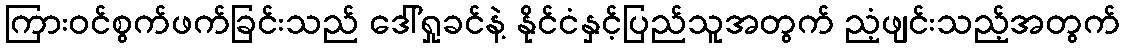
ကြားဝင်စွက်ဖက်ခြင်းသည် ဒေါ်ရှုခင်နဲ့ နိုင်ငံနှင့်ပြည်သူအတွက် ညံ့ဖျင်းသည့်အတွက်